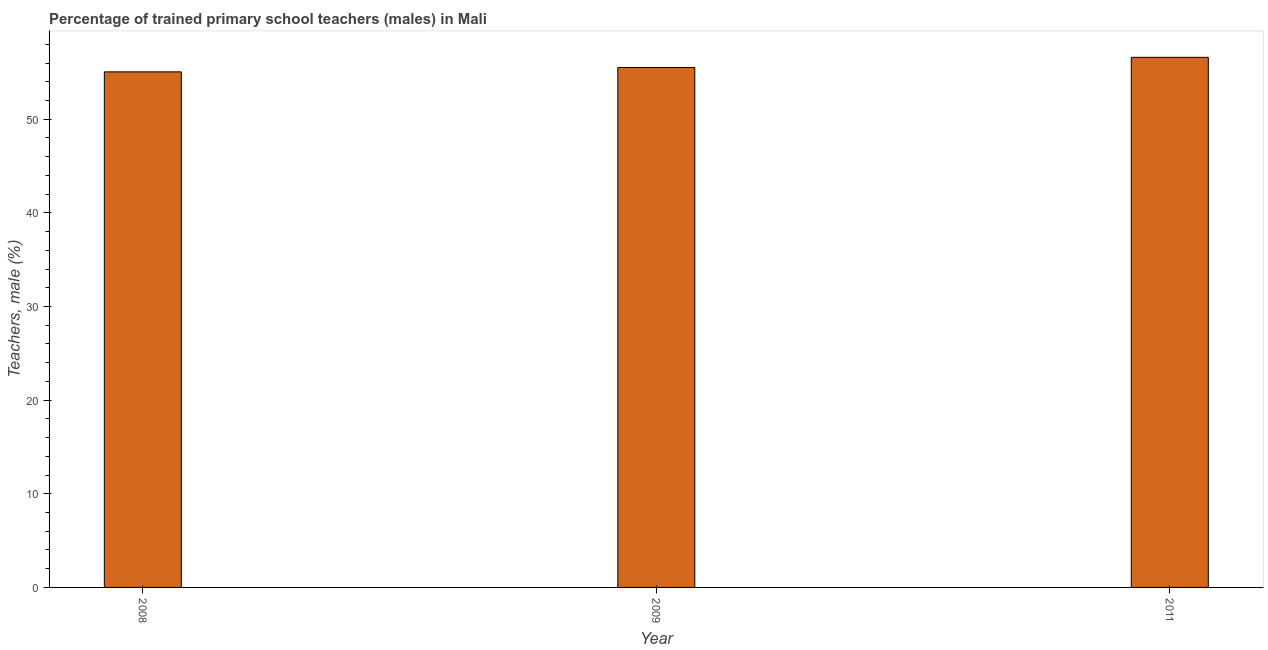
| Year | Trained teachers male |
 | --- | --- |
 | 2008 | 55.1 |
 | 2009 | 55.5 |
 | 2011 | 56.6 |